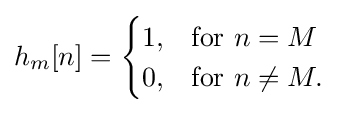
h_{m}[n]={\begin{cases}{\text{1}},&{\text{for }}n=M\\0,&{\text{for }}n\neq M.\end{cases}}